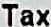
TAX